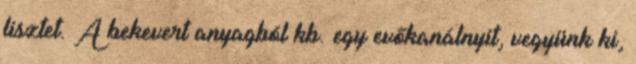
lisztet. A bekevert anyagból kb. egy evőkanálnyit, vegyünk ki,